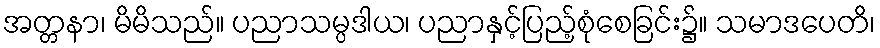
အတ္တနာ၊ မိမိသည်။ ပညာသမ္ပဒါယ၊ ပညာနှင့်ပြည့်စုံစေခြင်း၌။ သမာဒပေတိ၊